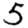
Digit: 5